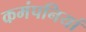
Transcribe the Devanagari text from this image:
कमंपनियां